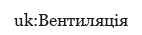
uk:Вентиляція